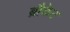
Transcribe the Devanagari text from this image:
ब्रौकेट